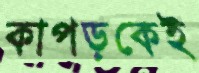
কাপড়কেই